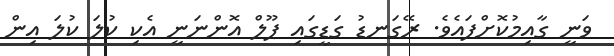
ވަނީ ގާއިމުކޮށްފައެވެ. ރޭގަނޑު ގަޑީގައި ޕޫލް އޮންނަނީ އެކި ކުލަ ކުލަ އިން